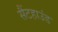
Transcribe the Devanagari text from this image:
सैंटहाउंड